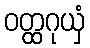
ဝတ္ထဂုယှံ